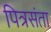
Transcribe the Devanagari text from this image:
पित्रसंता